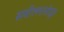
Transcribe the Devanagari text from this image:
सर्वोल्लासोद्धृत